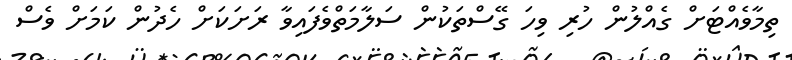
ތިމާވެއްޓަށް ގެއްލުން ހުރި ވިހަ ގޭސްތަކުން ސަލާމަތްވެފައިވާ ރަށަކަށް ހެދުން ކަމަށް ވެސް